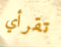
تقرأي